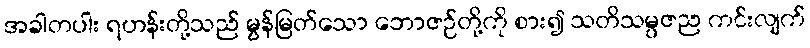
အခါတပါး ရဟန်းတို့သည် မွန်မြတ်သော ဘောဇဉ်တို့ကို စား၍ သတိသမ္ပဇည ကင်းလျက်